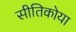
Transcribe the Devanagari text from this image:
सीतिकोया